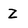
Character: Z